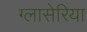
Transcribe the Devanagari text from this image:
ग्लासेरिया